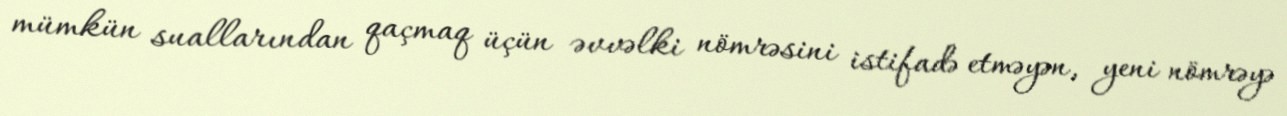
mümkün suallarından qaçmaq üçün əvvəlki nömrəsini istifadə etməyən, yeni nömrəyə